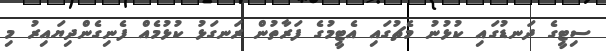
ސިޓީގެ ދަނޑުގައި ކުޅުނު މެޗުގައި އެޓީމުގެ ފަރާތުން ރަނގަޅު ކުޅުމެއް ފެނިގެންދިޔައިރު މި